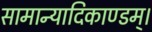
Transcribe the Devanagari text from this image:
सामान्यादिकाण्डम्।